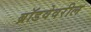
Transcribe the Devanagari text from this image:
ब्रॉडवेवरील